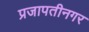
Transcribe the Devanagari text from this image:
प्रजापतीनगर